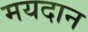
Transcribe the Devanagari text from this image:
मयदान